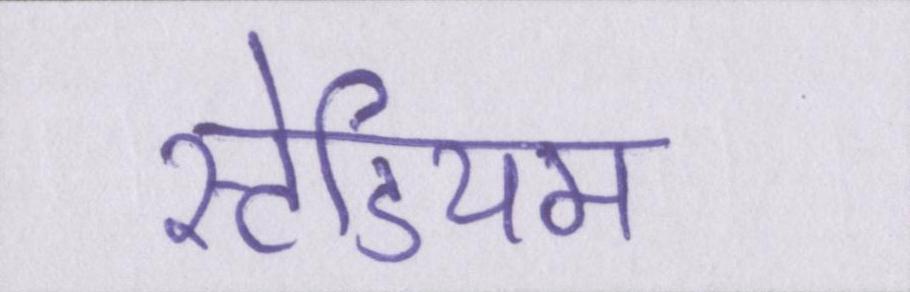
स्टेडियम